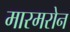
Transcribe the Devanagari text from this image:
मारमरोन